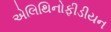
એલિથિનોફીડીયન